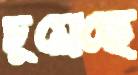
চুম্‌রেছে